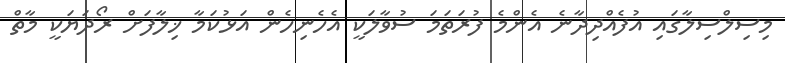
މިސިލްސިލާގައި އުފެއްދިދާނެ އެންމެ ފުރަތަމަ ސުވާލަކީ އެހެނިހެން އަޅުކަމާ ޚިލާފަށް ރޯދަޔަކީ މާތް